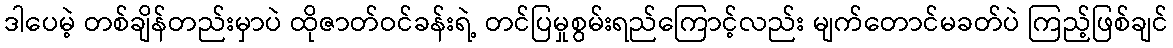
ဒါပေမဲ့ တစ်ချိန်တည်းမှာပဲ ထိုဇာတ်ဝင်ခန်းရဲ့ တင်ပြမှုစွမ်းရည်ကြောင့်လည်း မျက်တောင်မခတ်ပဲ ကြည့်ဖြစ်ချင်